Plague in India, 1896, 1897 - Volume 1
Year: 1896
Disease focus: Plague
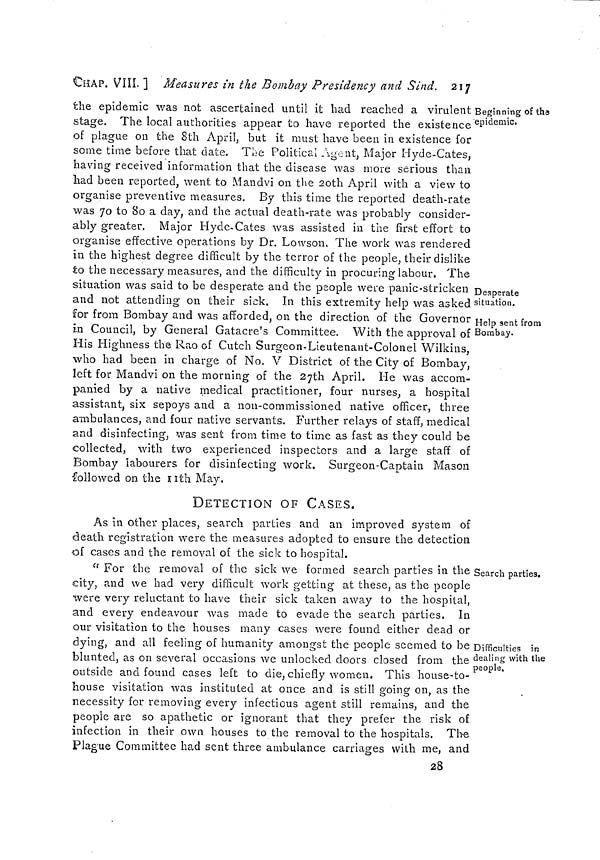
CHAP. VIII. ] Measures in the Bombay Presidency and Sind. 217
Beginning of the
"epidemic.
Desperate
situation.
Help sent from
Bombay.
the epidemic was not ascertained until it had reached a virulent
stage. The local authorities appear to have reported the existence
of plague on the 8th April, but it must have been in existence for
some time before that date. The Political Agent, Major Hyde-Cates,
having received information that the disease was more serious than
had been reported, went to Mandvi on the 20th April with a view to
organise preventive measures. By this time the reported death-rate
was 70 to 80 a day, and the actual death-rate was probably consider-
ably greater. Major Hyde-Cates was assisted in the first effort to
organise effective operations by Dr. Lowson. The work was rendered
In the highest degree difficult by the terror of the people, their dislike
to the necessary measures, and the difficulty in procuring labour. The
situation was said to be desperate and the people were panic-stricken
and not attending on their sick. In this extremity help was asked
for from Bombay and was afforded, on the direction of the Governor
in Council, by General Gatacre's Committee. With the approval of
His Highness the Rao of Cutch Surgeon-Lieutenant-Colonel Wilkins,
who had been in charge of No. V District of the City of Bombay,
left for Mandvi on the morning of the 27th April. He was accom-
panied by a native medical practitioner, four nurses, a hospital
assistant, six sepoys and a non-commissioned native officer, three
ambulances, and four native servants. Further relays of staff, medical
and disinfecting, was sent from time to time as fast as they could be
collected, with two experienced inspectors and a large staff of
Bombay labourers for disinfecting work. Surgeon-Captain Mason
followed on the 11th May.
DETECTION OF CASES.
As In other places, search parties and an improved system of
death registration were the measures adopted to ensure the detection
of cases and the removal of the sick to hospital.
Search parties.
Difficulties in
dealing with the
people.
" For the removal of the sick we formed search parties in the
city, and we had very difficult work getting at these, as the people
were very reluctant to have their sick taken away to the hospital,
and every endeavour was made to evade the search parties. In
our visitation to the houses many cases were found either dead or
dying, and all feeling of humanity amongst the people seemed to be
blunted, as on several occasions we unlocked doors closed from the
outside and found cases left to die, chiefly women. This house-to-
house visitation was instituted at once and is still going on, as the
necessity for removing every infectious agent still remains, and the
people are so apathetic or ignorant that they prefer the risk of
infection in their own houses to the removal to the hospitals. The
Plague Committee had sent three ambulance carriages with me, and
28